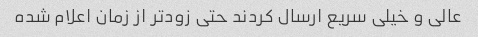
عالی و خیلی سریع ارسال کردند حتی زودتر از زمان اعلام شده